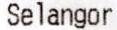
SELANGOR